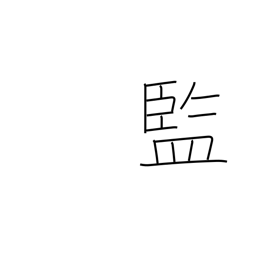
Meaning: official